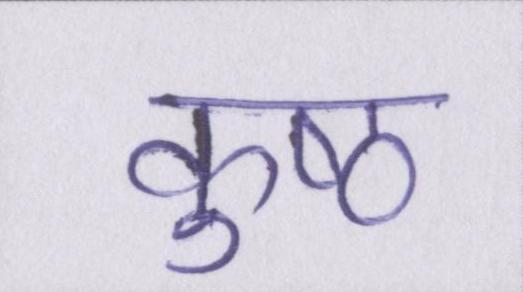
कुष्ठ